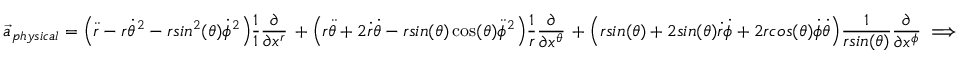
\vec { a } _ { p h y s i c a l } = \Big ( \ddot { r } - r \dot { \theta } ^ { 2 } - r s i n ^ { 2 } ( \theta ) \dot { \phi } ^ { 2 } \Big ) \frac { 1 } { 1 } \frac { \partial } { \partial x ^ { r } } \, + \Big ( r \ddot { \theta } + 2 \dot { r } \dot { \theta } - r s i n ( \theta ) \cos ( \theta ) \ddot { \phi } ^ { 2 } \Big ) \frac { 1 } { r } \frac { \partial } { \partial x ^ { \theta } } \, + \Big ( r s i n ( \theta ) + 2 s i n ( \theta ) \dot { r } \dot { \phi } + 2 r c o s ( \theta ) \dot { \phi } \dot { \theta } \Big ) \frac { 1 } { r s i n ( \theta ) } \frac { \partial } { \partial x ^ { \phi } } \implies